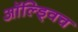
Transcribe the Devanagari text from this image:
ऑल्ड्विच